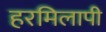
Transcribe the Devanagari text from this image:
हरमिलापी